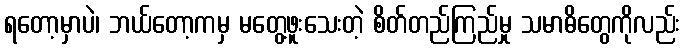
ရတော့မှာပဲ၊ ဘယ်တော့ကမှ မတွေ့ဖူးသေးတဲ့ စိတ်တည်ကြည်မှု သမာဓိတွေကိုလည်း